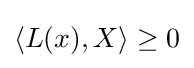
\langle L(x),X\rangle \geq 0